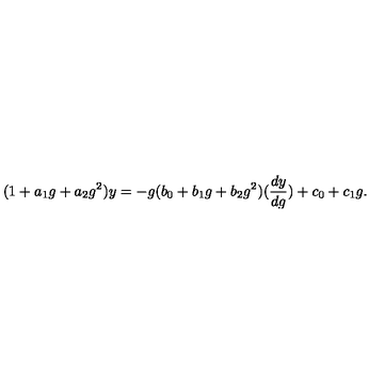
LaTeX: ( 1 + a _ { 1 } g + a _ { 2 } g ^ { 2 } ) y = - g ( b _ { 0 } + b _ { 1 } g + b _ { 2 } g ^ { 2 } ) ( \frac { d y } { d g } ) + c _ { 0 } + c _ { 1 } g .